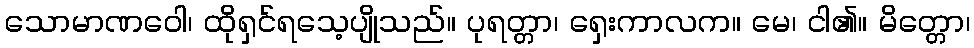
သောမာဏဝေါ၊ ထိုရှင်ရသေ့ပျိုသည်။ ပုရတ္တာ၊ ရှေးကာလက။ မေ၊ ငါ၏။ မိတ္တော၊